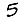
Digit: 5